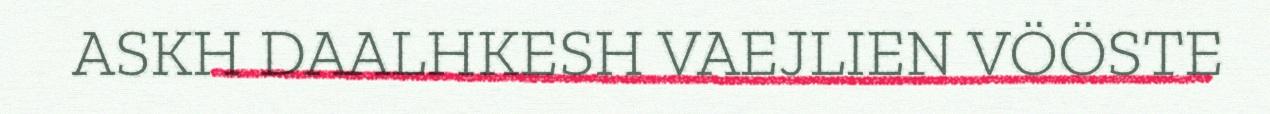
ASKH DAALHKESH VAEJLIEN VÖÖSTE